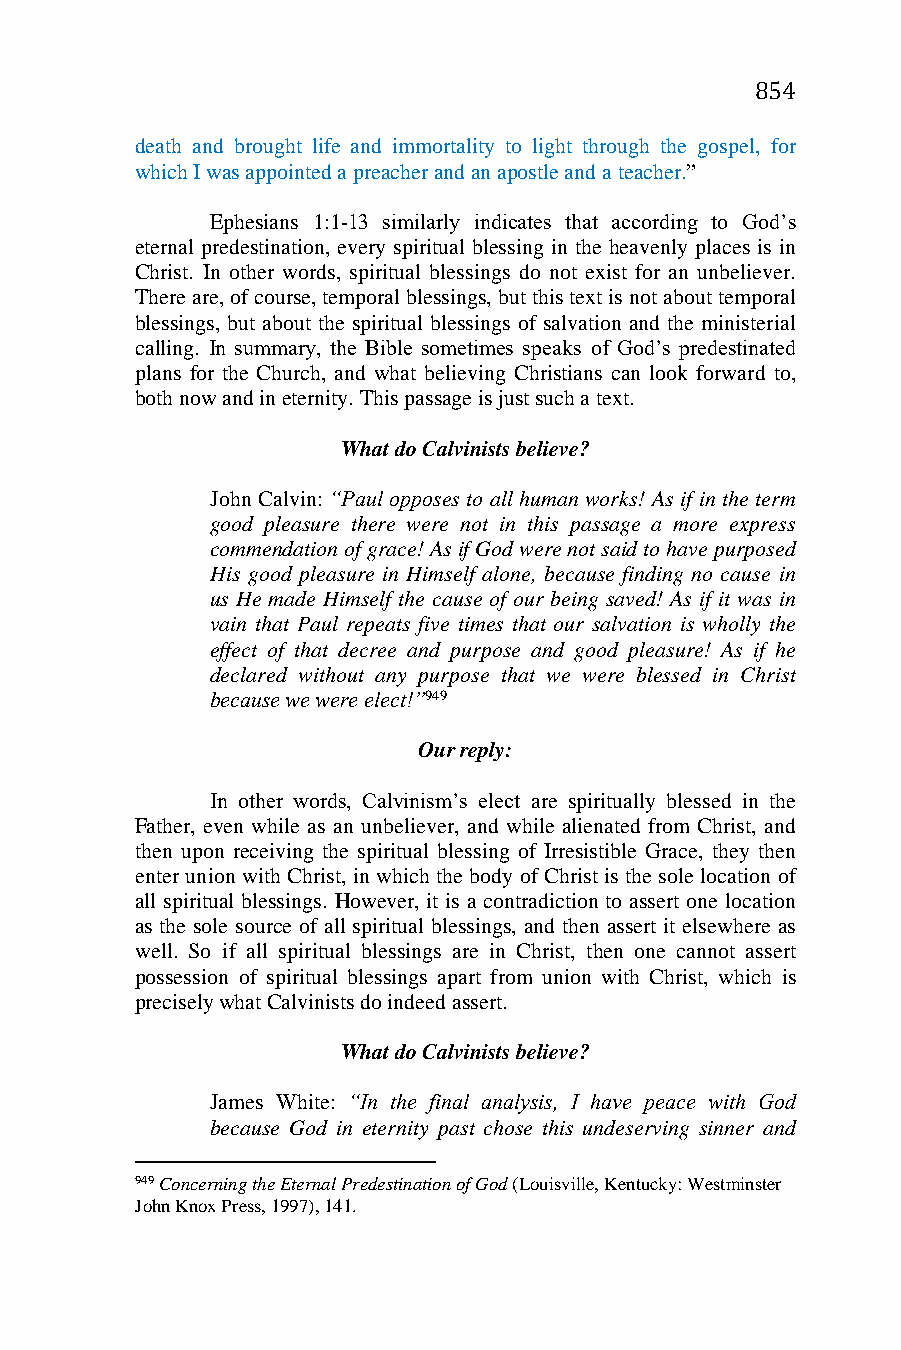
854
 death and brought life and immortality to light through the gospel, for
 which I was appointed a preacher and an apostle and a teacher.”
 Ephesians 1:1-13 similarly indicates that according to God’s
 eternal predestination, every spiritual blessing in the heavenly places is in
 Christ. In other words, spiritual blessings do not exist for an unbeliever.
 There are, of course, temporal blessings, but this text is not about temporal
 blessings, but about the spiritual blessings of salvation and the ministerial
 calling. In summary, the Bible sometimes speaks of God’s predestinated
 plans for the Church, and what believing Christians can look forward to,
 both now and in eternity. This passage is just such a text.
 What do Calvinists believe?
 John Calvin: “Paul opposes to all human works! As if in the term
 good pleasure there were not in this passage a more express
 commendation of grace! As if God were not said to have purposed
 His good pleasure in Himself alone, because finding no cause in
 us He made Himself the cause of our being saved! As if it was in
 vain that Paul repeats five times that our salvation is wholly the
 effect of that decree and purpose and good pleasure! As if he
 declared without any purpose that we were blessed in Christ
 because we were elect!”949
 Our reply:
 In other words, Calvinism’s elect are spiritually blessed in the
 Father, even while as an unbeliever, and while alienated from Christ, and
 then upon receiving the spiritual blessing of Irresistible Grace, they then
 enter union with Christ, in which the body of Christ is the sole location of
 all spiritual blessings. However, it is a contradiction to assert one location
 as the sole source of all spiritual blessings, and then assert it elsewhere as
 well. So if all spiritual blessings are in Christ, then one cannot assert
 possession of spiritual blessings apart from union with Christ, which is
 precisely what Calvinists do indeed assert.
 What do Calvinists believe?
 James White: “In the final analysis, I have peace with God
 because God in eternity past chose this undeserving sinner and
 949 Concerning the Eternal Predestination of God (Louisville, Kentucky: Westminster
 John Knox Press, 1997), 141.